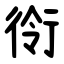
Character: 衑